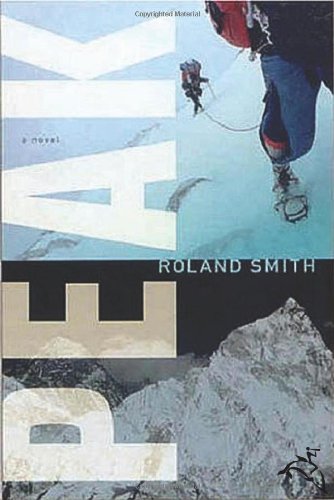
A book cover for Peak; Roland Smith; Teen & Young Adult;